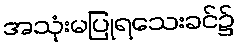
အသုံးမပြုရသေးခင်၌